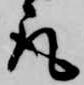
取